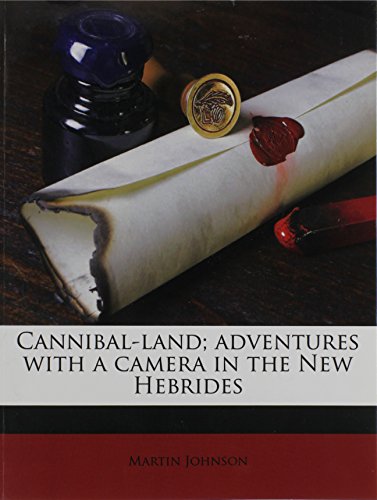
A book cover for Cannibal-land; adventures with a camera in the New Hebrides; Martin Johnson; Travel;